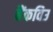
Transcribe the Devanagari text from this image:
बैंकविउ